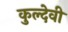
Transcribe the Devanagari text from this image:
कुल्देवी